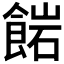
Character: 𩜠